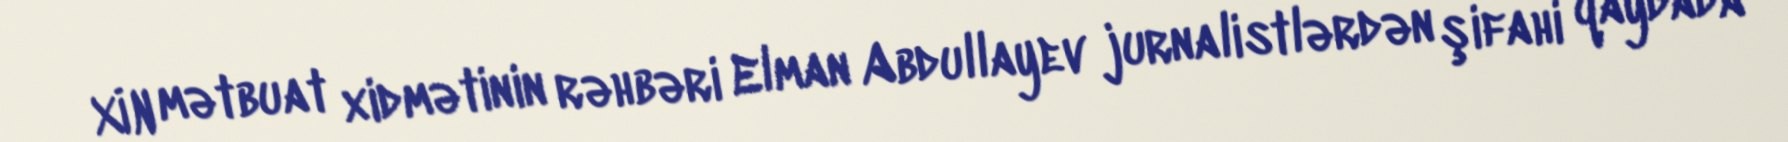
XİN mətbuat xidmətinin rəhbəri Elman Abdullayev jurnalistlərdən şifahi qaydada